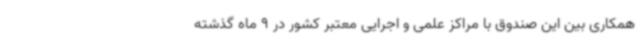
همکاری بین این صندوق با مراکز علمی و اجرایی معتبر کشور در 9 ماه گذشته